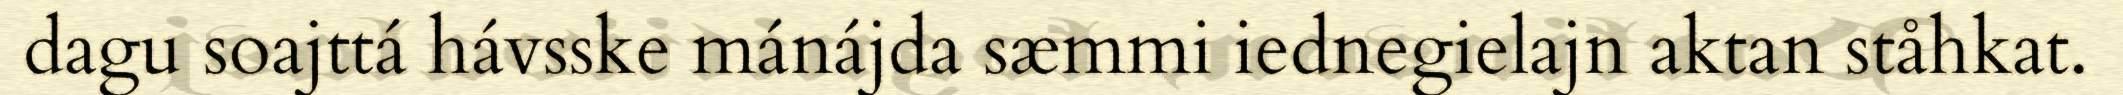
dagu soajttá hávsske mánájda sæmmi iednegielajn aktan ståhkat.